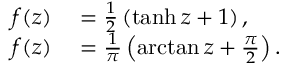
\begin{array} { r l } { f ( z ) } & { { } = \frac { 1 } { 2 } \left( \operatorname { t a n h } { z } + 1 \right) , } \\ { f ( z ) } & { { } = \frac { 1 } { \pi } \left( \arctan { z } + \frac { \pi } { 2 } \right) . } \end{array}